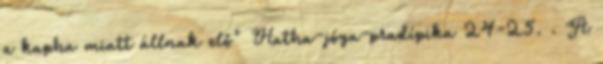
a kapha miatt állnak elő" Hatha-jóga-pradípika 24-25. . A